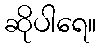
ဆိုပါရေ။